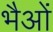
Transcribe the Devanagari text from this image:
भैओं